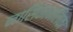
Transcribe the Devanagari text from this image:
नासिकानलिका